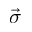
\vec { \sigma }